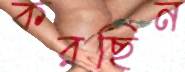
করছিন